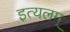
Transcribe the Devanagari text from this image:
इत्यलम्